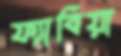
ফ্যাবিয়া